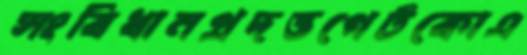
সংবিধানপ্রদত্তগেটকোএ